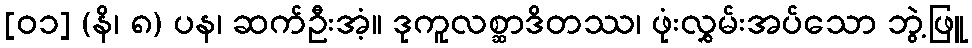
[၀၁] (နိ၊ ၈) ပန၊ ဆက်ဦးအံ့။ ဒုကူလစ္ဆာဒိတဿ၊ ဖုံးလွှမ်းအပ်သော ဘွဲ့ဖြူ